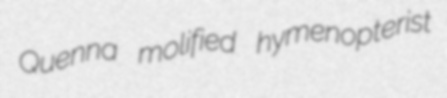
Quenna molified hymenopterist